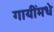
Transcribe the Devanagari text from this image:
गायींमधे